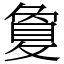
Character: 敻